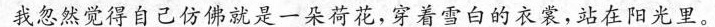
我忽然觉得自己仿佛就是一朵荷花，穿着雪白的衣裳，站在阳光里。